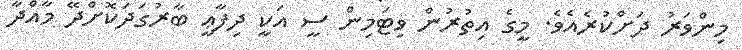
މިންވަރު ދަށްކުރެއެވެ. މީގެ އިތުރުން ވިޓަމިން ސީ އަކީ ދިފާޢީ ބާރުގަދަކޮށްދޭ މާއްދާ